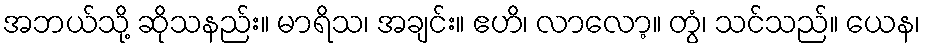
အဘယ်သို့ ဆိုသနည်း။ မာရိသ၊ အချင်း။ ဧဟိ၊ လာလော့။ တွံ၊ သင်သည်။ ယေန၊